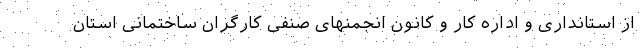
از استانداری و اداره کار و کانون انجمنهای صنفی کارگران ساختمانی استان